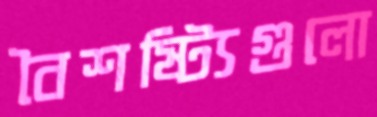
বৈশষ্ট্যিগুলো